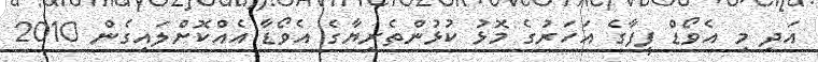
އަދި މި އެވޯޑް ފީފާގެ އަހަރުގެ މޮޅު ކުޅުންތެރިޔާގެ އެވޯޑާ އެއްކޮށްލައިގެން 2010